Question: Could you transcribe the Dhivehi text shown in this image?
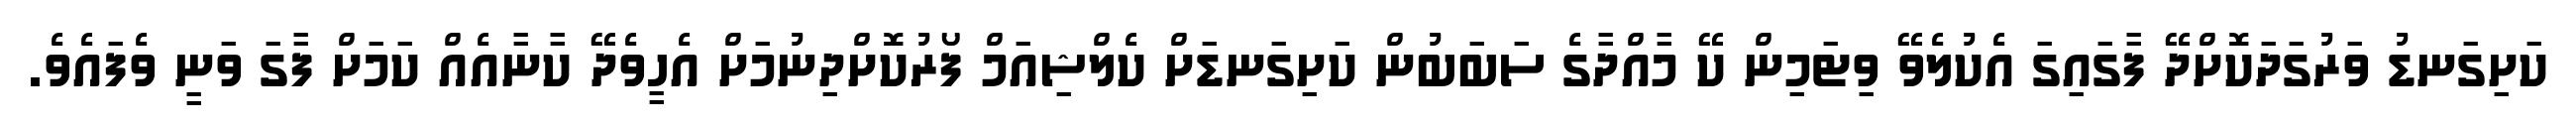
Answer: ކަށިގަނޑު ވަރުގަދަކޮށްދޭ ފާގައިގަ އެކުލެވޭ ވިޓަމިން ކޭ މާއްދާގެ ސަބަބުން ކަށިގަނޑަށް ކެލްޝިއަމް ފޯރުކޮށްދިނުމަށް އެހީވެދޭ ކާނާއެއް ކަމަށް ފާގަ ވަނީ ވެފައެވެ.